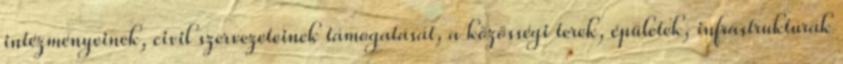
intézményeinek, civil szervezeteinek támogatását, a közösségi terek, épületek, infrastruktúrák